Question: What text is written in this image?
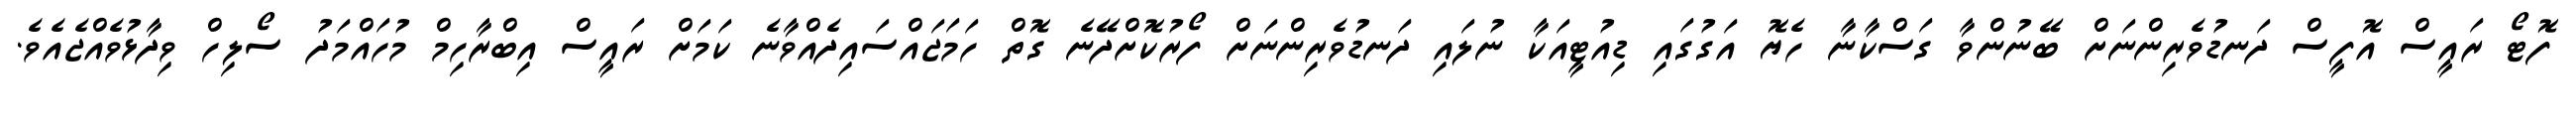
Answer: ފޮޓޯ ރައީސް އޮފީސް ދަނޑުވެރިންނަށް ބޭނުންވާ ގަސްކާނާ ހެޔޮ އަގުގައި ޑިއުޓީއަކާ ނުލައި ދަނޑުވެރިންނަށް ފޯރުކޮށްދޭނެ ގޮތް ހަމަޖައްސައިދެއްވާނެ ކަމަށް ރައީސް އިބްރާހިމް މުހައްމަދު ސޯލިހް ވިދާޅުވެއްޖެއެވެ.